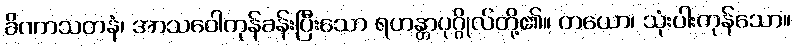
ခိဏာသတနံ၊ အာသဝေါကုန်ခန်းပြီးသော ရဟန္တာပုဂ္ဂိုလ်တို့၏။ တယော၊ သုံးပါးကုန်သော။